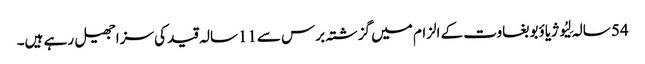
54 سالہ لِیُو ژیاؤبو بغاوت کے الزام میں گزشتہ برس سے11سالہ قید کی سزا جھیل رہے ہیں۔